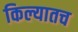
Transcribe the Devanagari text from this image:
किल्यातच